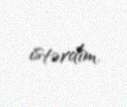
istərdim.